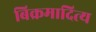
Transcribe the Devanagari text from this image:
बिक्रमादित्य